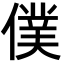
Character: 僕